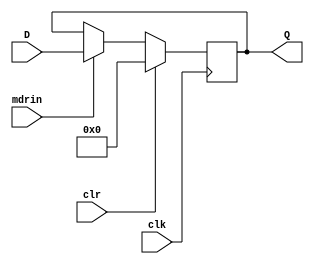
module MDR (input clr, clk, mdrin, input [31:0] D, output [31:0] Q);
   reg [31:0] Q_r;
   
   always @(posedge clk) begin
      if (clr == 1)
	Q_r = 0;
      else if (mdrin == 1)
	Q_r = D;
   end

   assign Q = Q_r;
   
endmodule // MDR